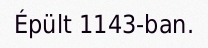
Épült 1143-ban.